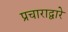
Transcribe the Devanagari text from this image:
प्रचाराद्वारे